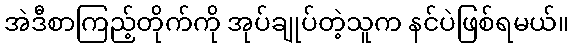
အဲဒီစာကြည့်တိုက်ကို အုပ်ချုပ်တဲ့သူက နင်ပဲဖြစ်ရမယ်။